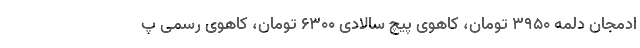
ادمجان دلمه ۳۹۵۰ تومان، کاهوی پیچ سالادی ۶۳۰۰ تومان، کاهوی رسمی پ